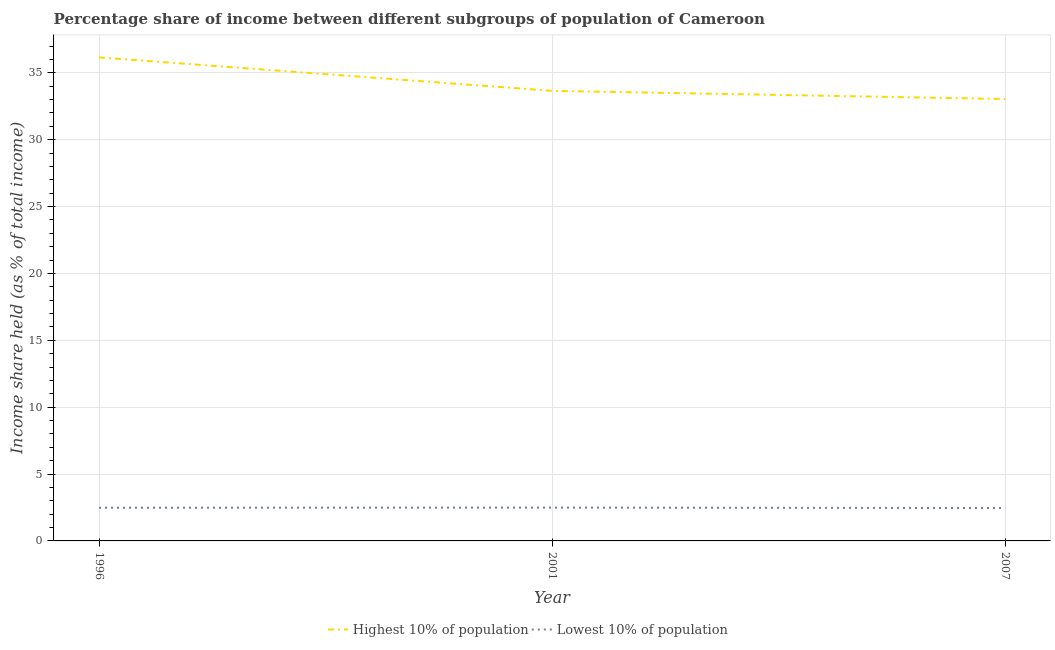
| Year | Highest 10% of population | Lowest 10% of population |
 | --- | --- | --- |
 | 1996 | 36.1 | 2.48 |
 | 2001 | 33.6 | 2.49 |
 | 2007 | 33 | 2.46 |